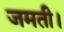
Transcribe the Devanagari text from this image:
जमती।